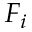
F _ { i }